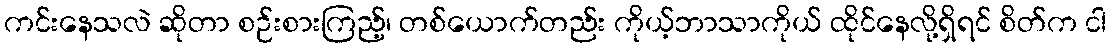
ကင်းနေသလဲ ဆိုတာ စဉ်းစားကြည့်၊ တစ်ယောက်တည်း ကိုယ့်ဘာသာကိုယ် ထိုင်နေလို့ရှိရင် စိတ်က ငါ